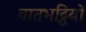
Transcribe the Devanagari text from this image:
वातभट्ठियों